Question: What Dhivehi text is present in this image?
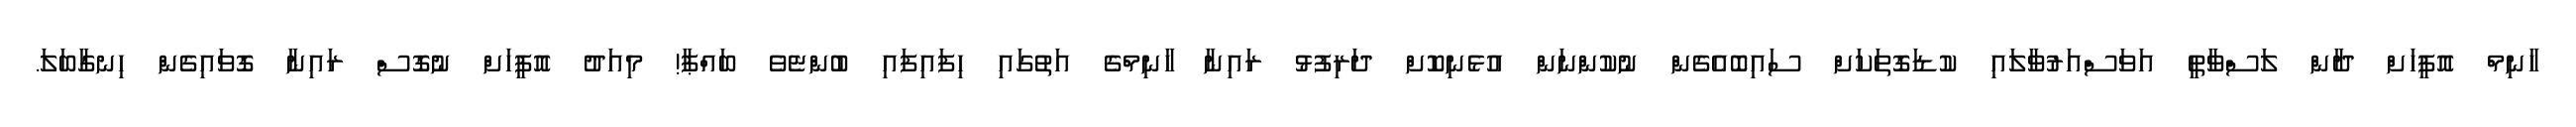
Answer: ހާނިމް އޮފީހަށް ދާން ލަސްވާތީ އަވަސްއަރުވާލައި ކުޑަގޮތަކަށް ސައިބޮއެގެން ނުކުންނަން އުޅެނިކޮށް ދަރިފުޅު ރައިނާ ހާނިމްގެ އަތުގައި ހިފައިފައި ބުންޏެވެ ބައްޕާ! މިއަދު އޮފީހަށް ނުގޮސް ރައިނާ ގޮވައިގެން ހިނގާބަލަ.